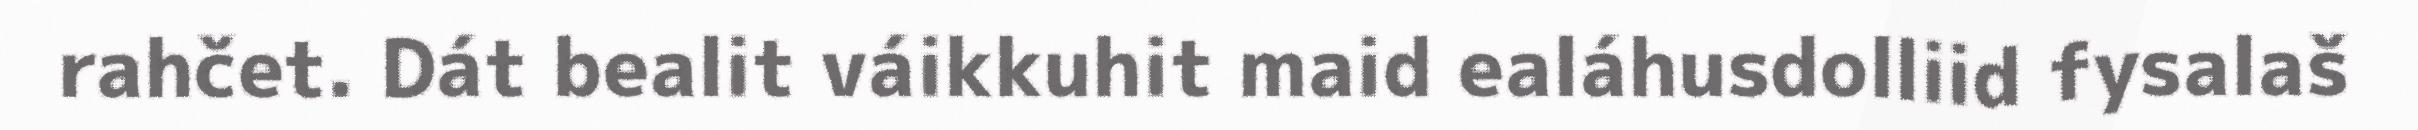
rahčet. Dát bealit váikkuhit maid ealáhusdolliid fysalaš